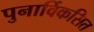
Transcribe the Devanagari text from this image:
पुनार्विकसित